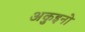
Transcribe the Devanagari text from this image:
अकुइनो